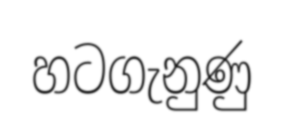
හටගැනුණු